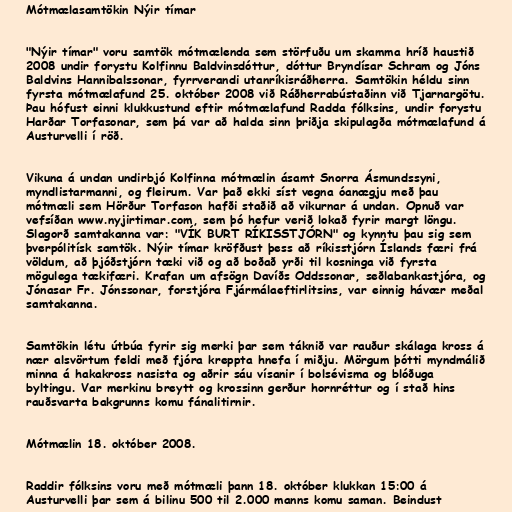
Mótmælasamtökin Nýir tímar

"Nýir tímar" voru samtök mótmælenda sem störfuðu um skamma hríð haustið
2008 undir forystu Kolfinnu Baldvinsdóttur, dóttur Bryndísar Schram og Jóns
Baldvins Hannibalssonar, fyrrverandi utanríkisráðherra. Samtökin héldu sinn
fyrsta mótmælafund 25. október 2008 við Ráðherrabústaðinn við Tjarnargötu.
Þau hófust einni klukkustund eftir mótmælafund Radda fólksins, undir forystu
Harðar Torfasonar, sem þá var að halda sinn þriðja skipulagða mótmælafund á
Austurvelli í röð.

Vikuna á undan undirbjó Kolfinna mótmælin ásamt Snorra Ásmundssyni,
myndlistarmanni, og fleirum. Var það ekki síst vegna óanægju með þau
mótmæli sem Hörður Torfason hafði staðið að vikurnar á undan. Opnuð var
vefsíðan www.nyjirtimar.com, sem þó hefur verið lokað fyrir margt löngu.
Slagorð samtakanna var: "VÍK BURT RÍKISSTJÓRN" og kynntu þau sig sem
þverpólitísk samtök. Nýir tímar kröfðust þess að ríkisstjórn Íslands færi frá
völdum, að þjóðstjórn tæki við og að boðað yrði til kosninga við fyrsta
mögulega tækifæri. Krafan um afsögn Davíðs Oddssonar, seðlabankastjóra, og
Jónasar Fr. Jónssonar, forstjóra Fjármálaeftirlitsins, var einnig hávær meðal
samtakanna.

Samtökin létu útbúa fyrir sig merki þar sem táknið var rauður skálaga kross á
nær alsvörtum feldi með fjóra kreppta hnefa í miðju. Mörgum þótti myndmálið
minna á hakakross nasista og aðrir sáu vísanir í bolsévisma og blóðuga
byltingu. Var merkinu breytt og krossinn gerður hornréttur og í stað hins
rauðsvarta bakgrunns komu fánalitirnir.

Mótmælin 18. október 2008.

Raddir fólksins voru með mótmæli þann 18. október klukkan 15:00 á
Austurvelli þar sem á bilinu 500 til 2.000 manns komu saman. Beindust